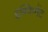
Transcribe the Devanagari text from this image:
इक्विप्मेंट